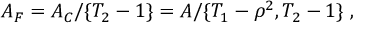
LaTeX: { \cal A } _ { F } = { \cal A _ { C } } / \{ T _ { 2 } - 1 \} = { \cal A } / \{ T _ { 1 } - \rho ^ { 2 } , T _ { 2 } - 1 \} \; ,